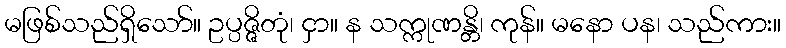
မဖြစ်သည်ရှိသော်။ ဥပ္ပဇ္ဇိတုံ၊ ငှာ။ န သက္ကုဏန္တိ၊ ကုန်။ မနော ပန၊ သည်ကား။